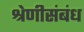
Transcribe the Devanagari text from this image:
श्रेणीसंबंध